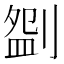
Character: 𠞚